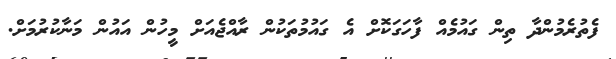
ފެތުރެމުންދާ ތިން ގައުމެއް ފާހަގަކޮށް އެ ގައުމުތަކުން ރާއްޖެއަށް މީހުން އައުން މަނާކުރުމަށް.